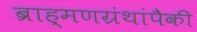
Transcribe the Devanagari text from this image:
ब्राह्मणग्रंथांपैकी